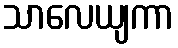
သာလေယျကာ